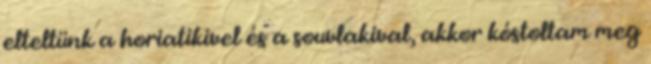
elteltünk a horiatikivel és a souvlakival, akkor kóstoltam meg